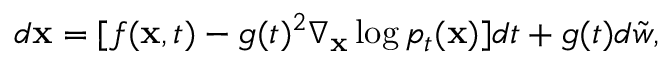
\begin{array} { r } { d \mathbf { x } = [ f ( \mathbf { x } , t ) - g ( t ) ^ { 2 } \nabla _ { \mathbf { x } } \log p _ { t } ( \mathbf { x } ) ] d t + g ( t ) d \Tilde { w } , } \end{array}